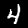
Label: 4